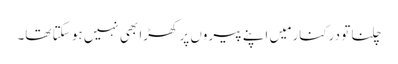
چلنا تو درکنار مَیں اپنے پیروں پر کھڑا بھی نہیں ہو سکتا تھا۔